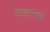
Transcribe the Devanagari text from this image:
पगातलं